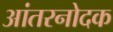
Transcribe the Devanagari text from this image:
आंतरनोदक